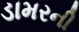
ડામરની